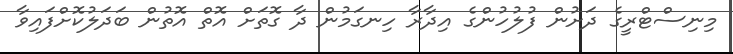
މިނިސްޓްރީގެ ދަށުން ފުލުހުންގެ އިދާރާ ހިނގަމުން ދާ ގޮތަށް އޮތް އޮތުން ބަދަލުކޮށްފައިވާ